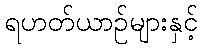
ရဟတ်ယာဉ်များနှင့်